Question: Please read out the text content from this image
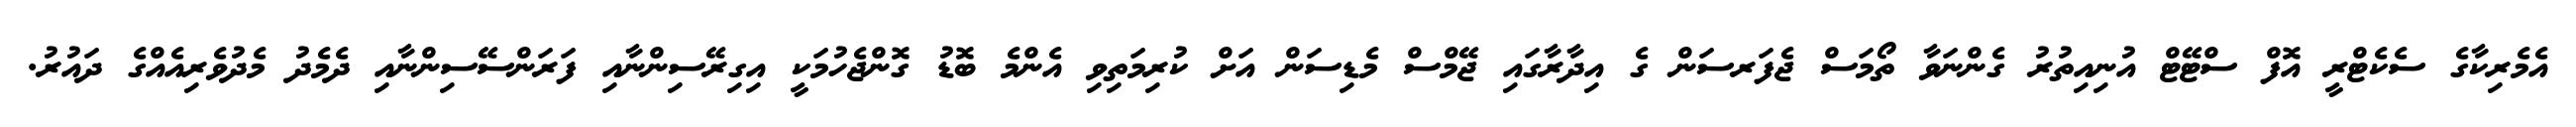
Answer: އެމެރިކާގެ ސެކެޓްރީ އޮފް ސްޓޭޓް އުނިއިތުރު ގެންނަވާ ތޯމަސް ޖެފަރސަން ގެ އިދާރާގައި ޖޭމްސް މެޑިސަން އަށް ކުރިމަތިވި އެންމެ ބޮޑު ގޮންޖެހުމަކީ އިގިރޭސިންނާއި ފަރަންސޭސިންނާއި ދެމެދު މެދުވެރިއެއްގެ ދައުރު.